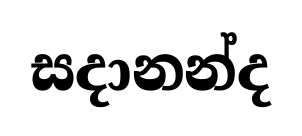
සදානන්ද